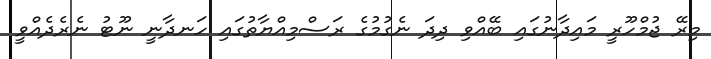
މިރޭ ޖުމްހޫރީ މައިދާނުގައި ބޭއްވި ދިދަ ނެގުމުގެ ރަސްމިއްޔާތުގައި ހަނދާނީ ނޫޓު ނެރެދެއްވީ